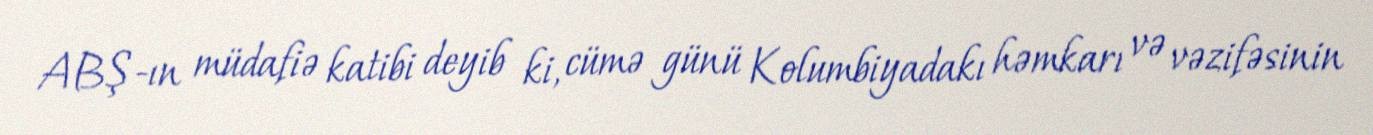
ABŞ-ın müdafiə katibi deyib ki, cümə günü Kolumbiyadakı həmkarı və vəzifəsinin